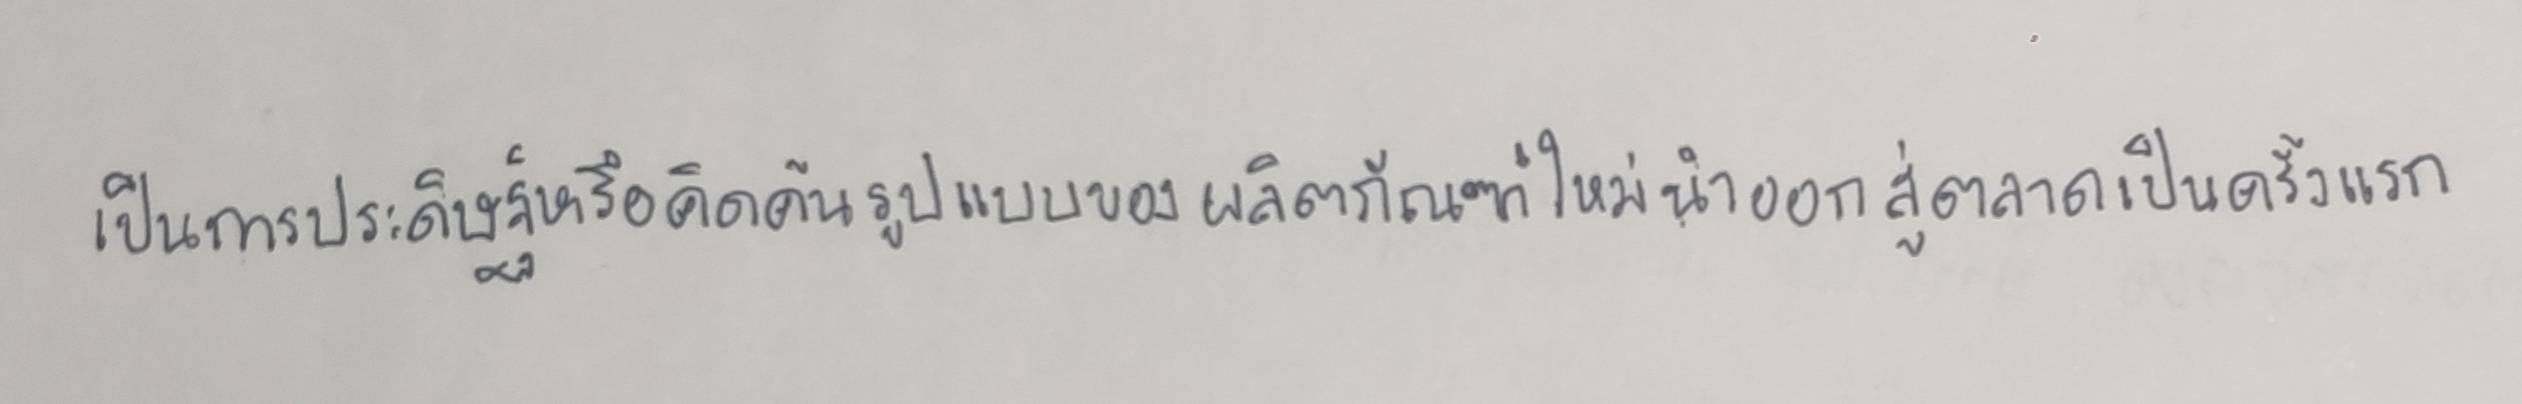
เป็นการประดิษฐ์หรือคิดค้นรูปแบบของผลิตภัณฑ์ใหม่นำออกสู่ตลาดเป็นครั้งแรก